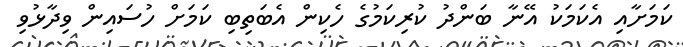
ކަމަށާއި އެކަމަކު އޭނާ ބަންދު ކުރިކަމުގެ ހެކިން އެބަތިބި ކަމަށް ހުސައިން ވިދާޅުވި